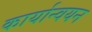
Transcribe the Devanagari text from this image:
कार्यान्‍वयन